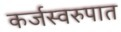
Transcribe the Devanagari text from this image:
कर्जस्वरुपात